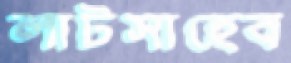
লাটসাহেব